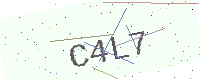
Text: C4L7